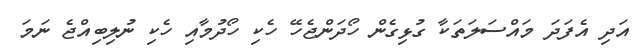
އަދި އެފަދަ މައްސަލަތަކާ ގުޅިގެން ހޯދަންޖެހޭ ހެކި ހޯދުމާއި ހެކި ނުލިބިއްޖެ ނަމަ